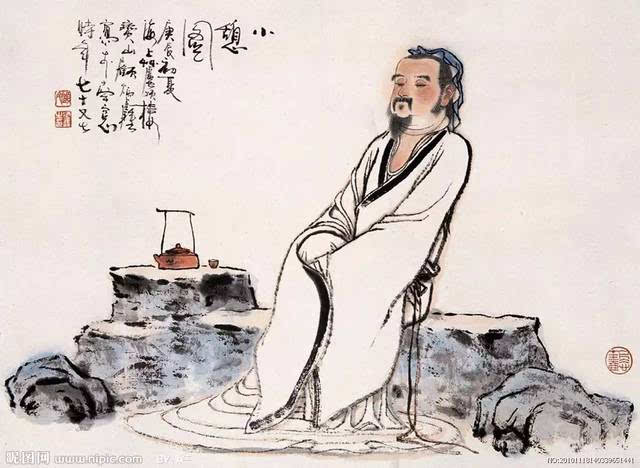
家必自毁，而后人毁之。